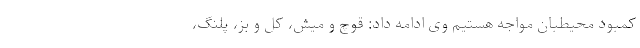
کمبود محیطبان مواجه هستیم وی ادامه داد: قوچ و میش، کل و بز، پلنگ،